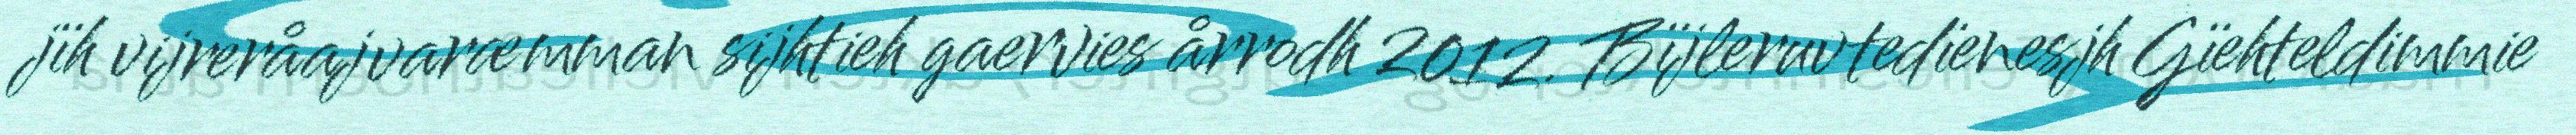
jïh vijreråajvaræmman sijhtieh gaervies årrodh 2012. Bïjleruvtedïenesjh Gïehteldimmie